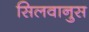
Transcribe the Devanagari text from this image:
सिलवानुस